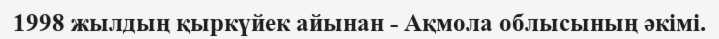
1998 жылдың қыркүйек айынан - Ақмола облысының әкімі.